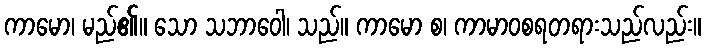
ကာမော၊ မည်၏။ သော သဘာဝေါ၊ သည်။ ကာမော စ၊ ကာမာဝစရတရားသည်လည်း။